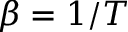
\beta = 1 / T